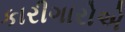
કારીગારોએ